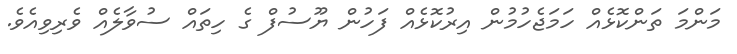
މަންމަ ތަންކޮޅެއް ހަމަޖެހުމުން އިރުކޮޅެއް ފަހުން ޔޫސުފް ގެ ހިތައް ސުވާލެއް ވެރިވިއެވެ.